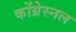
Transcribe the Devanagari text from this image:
कोंग्रेस्नल